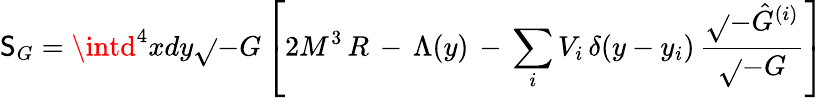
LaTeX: {\cal\mathsf{S}}_{G}=\intd^{4}xdy\sqrt{}{{-G}}\left[2M^{3}\, R\, -\, \Lambda(y)\, -\, \sum_{i}V_{i}\, \delta(y-y_{i})\, \frac{{\sqrt{}{{-\hat{{G}}^{(i)}}}}}{{\sqrt{}{{-G}}}}\right]